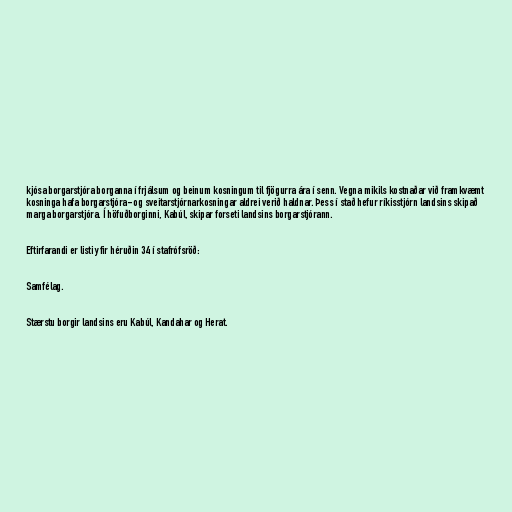
kjósa borgarstjóra borganna í frjálsum og beinum kosningum til fjögurra ára í senn. Vegna mikils kostnaðar við framkvæmt
kosninga hafa borgarstjóra- og sveitarstjórnarkosningar aldrei verið haldnar. Þess í stað hefur ríkisstjórn landsins skipað
marga borgarstjóra. Í höfuðborginni, Kabúl, skipar forseti landsins borgarstjórann.

Eftirfarandi er listi yfir héruðin 34 í stafrófsröð:

Samfélag.

Stærstu borgir landsins eru Kabúl, Kandahar og Herat.